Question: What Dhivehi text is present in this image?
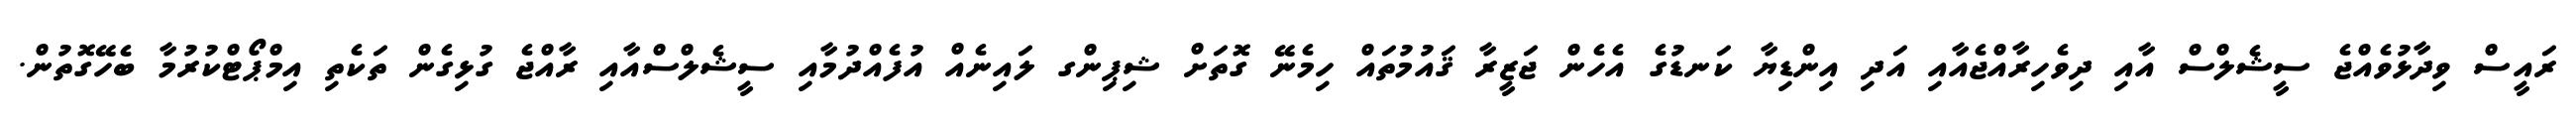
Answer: ރައީސް ވިދާޅުވެއްޖެ ސީޝެލްސް އާއި ދިވެހިރާއްޖެއާއި އަދި އިންޑިޔާ ކަނޑުގެ އެހެން ޖަޒީރާ ޤައުމުތައް ހިމެނޭ ގޮތަށް ޝިޕިންގ ލައިނެއް އުފެއްދުމާއި ސީޝެލްސްއާއި ރާއްޖެ ގުޅިގެން ތަކެތި އިމްޕޯޓްކުރުމާ ބެހޭގޮތުން.